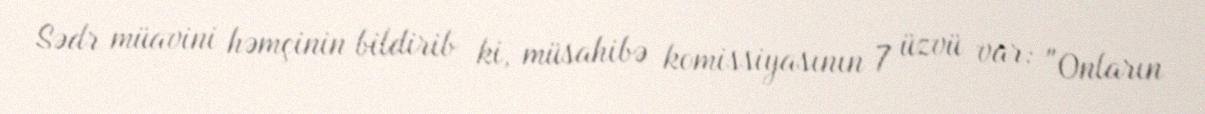
Sədr müavini həmçinin bildirib ki, müsahibə komissiyasının 7 üzvü var: "Onların